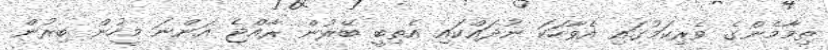
ތިމާމެންގެ ވެރިކަމުގައި އެވާހަކަ ނުދައްކައި އެތިބީ ބޭރުން ރާއްޖެ އަންނަ މީހުން ބިރުން